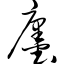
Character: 廛